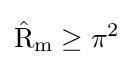
\mathrm {\hat {R}} _{\mathrm {m} }\geq \pi ^{2}